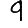
Digit: 9